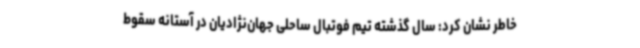
خاطر نشان کرد: سال گذشته تیم فوتبال ساحلی جهان‌نژادیان در آستانه سقوط